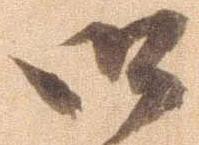
御